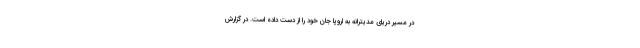
در مسیر دریای مدیترانه به اروپا جان خود را از دست داده است. در گزارش